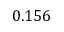
0 . 1 5 6